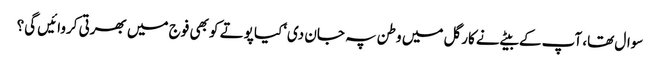
سوال تھا، آپ کے بیٹے نے کارگل میں وطن پہ جان دی‘کیا پوتے کو بھی فوج میں بھرتی کروائیں گی؟